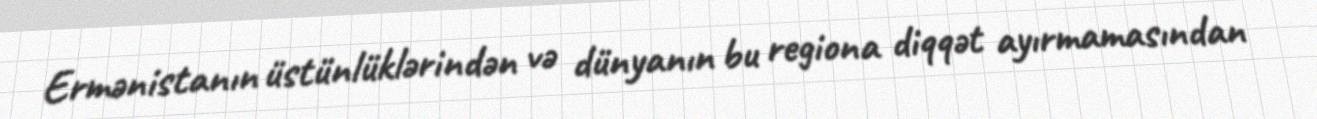
Ermənistanın üstünlüklərindən və dünyanın bu regiona diqqət ayırmamasından